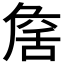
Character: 𦧕